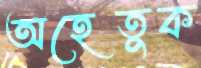
অহেতুক